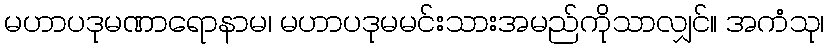
မဟာပဒုမဏာရောနာမ၊ မဟာပဒုမမင်းသားအမည်ကိုသာလျှင်။ အကံသု၊